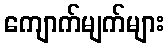
ကျောက်မျက်များ